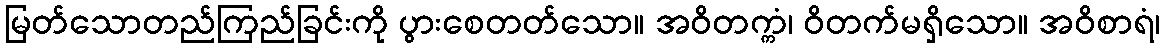
မြတ်သောတည်ကြည်ခြင်းကို ပွားစေတတ်သော။ အဝိတက္ကံ၊ ဝိတက်မရှိသော။ အဝိစာရံ၊